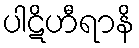
ပါဋိဟီရာနိ